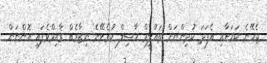
ޖެހޭނެ ކަމަށާއި އެފަދަ ކުދިންނަށް ތައުލީމް ހާސިލް ކުރެވޭނެ ނިޒާމެއް ގާއިމްވެފައި އޮންނަން